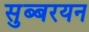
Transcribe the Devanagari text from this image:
सुब्बरयन